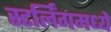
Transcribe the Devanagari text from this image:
स्टर्लिंगमध्ये